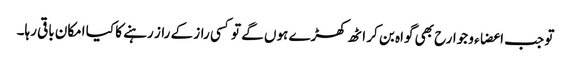
تو جب اعضاء و جوارح بھی گواہ بن کر اٹھ کھڑے ہوں گے تو کسی راز کے راز رہنے کا کیا امکان باقی رہا۔